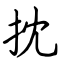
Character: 抌